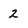
Character: 2